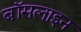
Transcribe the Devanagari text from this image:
बॉसलाइन